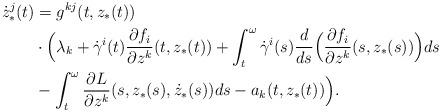
LaTeX: \begin{align*}\dot z^j_*(t)&=g^{kj}(t,z_*(t))\\&\cdot\Big(\lambda_k+\dot\gamma^i(t)\frac{\partial f_i}{\partial z^k}(t,z_*(t))+\int_t^\omega\dot\gamma^i(s)\frac{d}{ds}\Big(\frac{\partial f_i}{\partial z^k}(s,z_*(s))\Big)ds\\&-\int_t^{\omega}\frac{\partial L}{\partial z^k}(s,z_*(s),\dot z_*(s))ds -a_k(t,z_*(t))\Big).\end{align*}